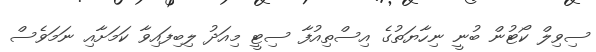
ސިވިލް ކޯޓުން ބުނީ ނިހާޔަތުގެ އިސްތިއުފާ ސިޓީ މިއަދު ލިބިފައިވާ ކަމަށާއި ނަމަވެސް